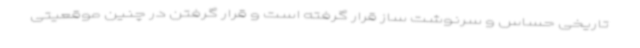
تاریخی حساس و سرنوشت ساز قرار گرفته است و قرار گرفتن در چنین موقعیتی